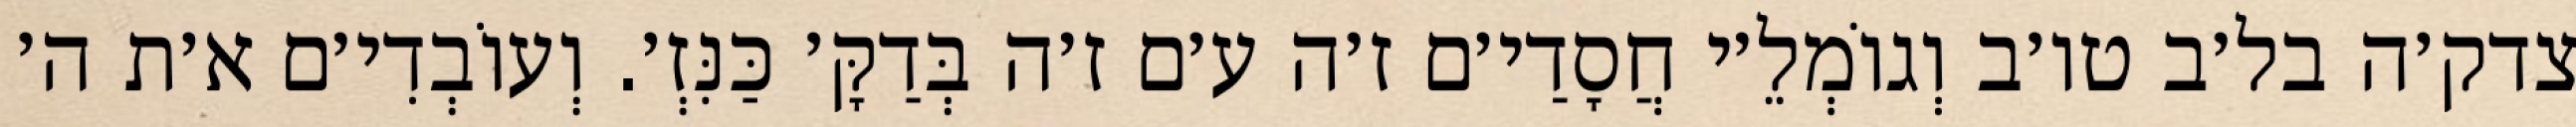
צדק׳ה בל׳ב טו׳ב וְגוֹמְלֵ׳י חֲסָדַי׳ם ז׳ה ע׳ם ז׳ה בְּדַקָּ׳ כַּנִּזְ׳. וְעוֹבְדִי׳ם א׳ת ה׳